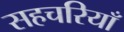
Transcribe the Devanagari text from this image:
सहचरियाँ